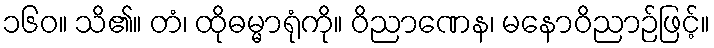
၁၆၀။ သိ၏။ တံ၊ ထိုဓမ္မာရုံကို။ ဝိညာဏေန၊ မနောဝိညာဉ်ဖြင့်။